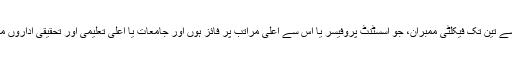
جامعات اور اعلی تعلیمی و تحقیقی اداروں کے ایک سے تین تک فیکلٹی ممبران، جو اسسٹنٹ پروفیسر یا اس سے اعلی مراتب پر فائز ہوں اور جامعات یا اعلی تعلیمی اور تحقیقی اداروں میں پانچ سال تک تعلیمی و تحقیقی تجربہ رکھتے ہوں۔